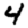
Digit: 4